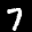
Label: 7